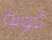
أدوية